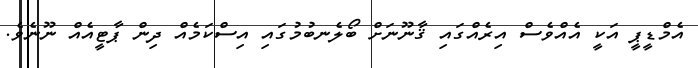
އެމްޑީޕީ އަކީ އެއްވެސް އިރެއްގައި ޤާނޫނަށް ބޯލެނބުމުގައި އިސްކަމެއް ދިން ޕާޓީއެއް ނޫނެވެ.